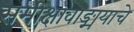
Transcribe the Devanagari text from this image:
समीक्षावाङ्मयाचे